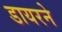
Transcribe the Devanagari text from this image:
डायरने